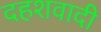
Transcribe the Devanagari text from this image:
दहशवादी